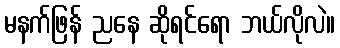
မနက်ဖြန် ညနေ ဆိုရင်ရော ဘယ်လိုလဲ။